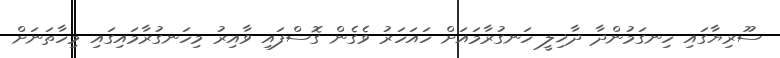
ސޫރިޔާގައި ހިނގަމުންދާ ދާޚިލީ ހަނގުރާމައަށް ހައަހަރު ވެގެން ގޮސްފައި ވާއިރު މިހަނގުރާމައިގައި މިހާތަނަށް